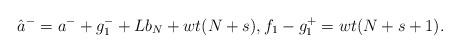
LaTeX: \begin{align*}\hat a^-&=a^-+g_1^-+Lb_N+wt(N+s), f_1-g_1^+=wt (N+s+1). \end{align*}